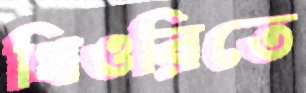
থিওরিতে